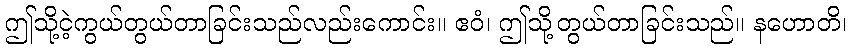
ဤသို့ငဲ့ကွယ်တွယ်တာခြင်းသည်လည်းကောင်း။ ဧဝံ၊ ဤသို့တွယ်တာခြင်းသည်။ နဟောတိ၊